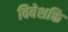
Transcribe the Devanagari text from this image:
विवेशक्ति